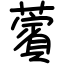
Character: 薲